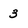
Character: 3